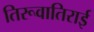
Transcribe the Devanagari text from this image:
तिरूवातिराई